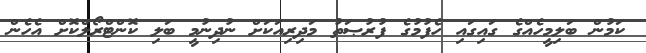
ކަމުން ބަލިމީހެއްގެ ގައިގައި ހެފުމުގެ ފުރުޞަތު މަދިރިއަކަށް ނުދިނުމީ ބަލި ކޮންޓްރޯލްކޮށް އެހެން